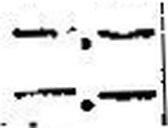
—.—